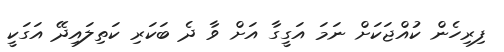
ފިރިހެން ކުއްޖަކަށް ނަމަ އަގީގާ އަށް ވާ ދެ ބަކަރި ކަތިލައިދޭ އަގަކީ